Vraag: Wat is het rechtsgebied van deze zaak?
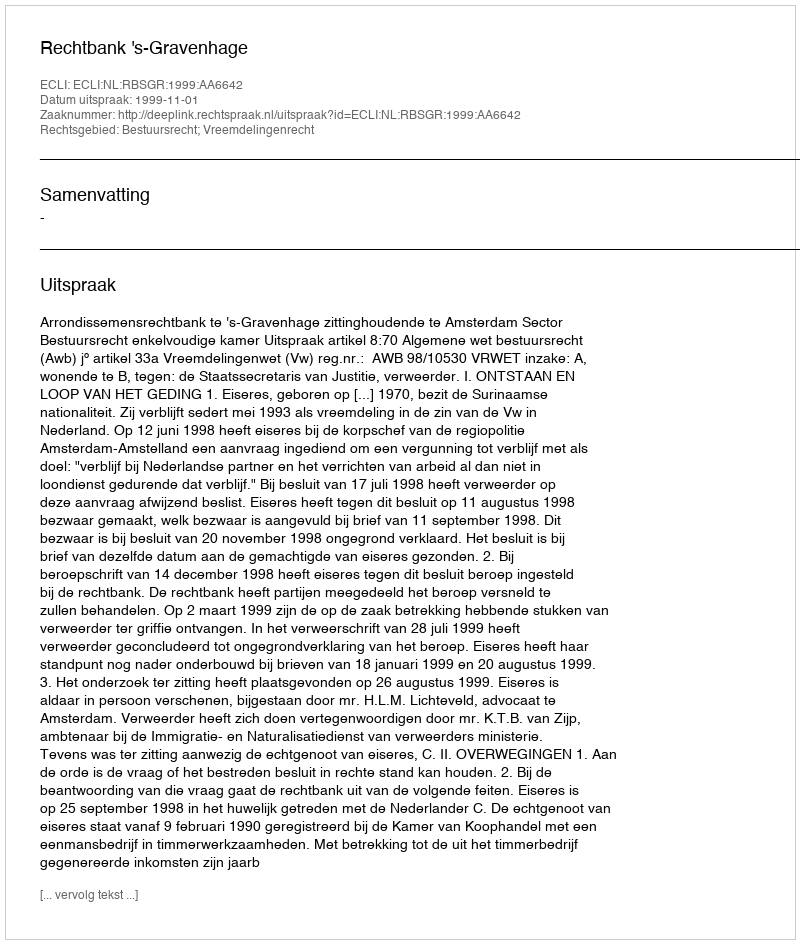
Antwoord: Bestuursrecht; Vreemdelingenrecht